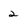
Character: 2